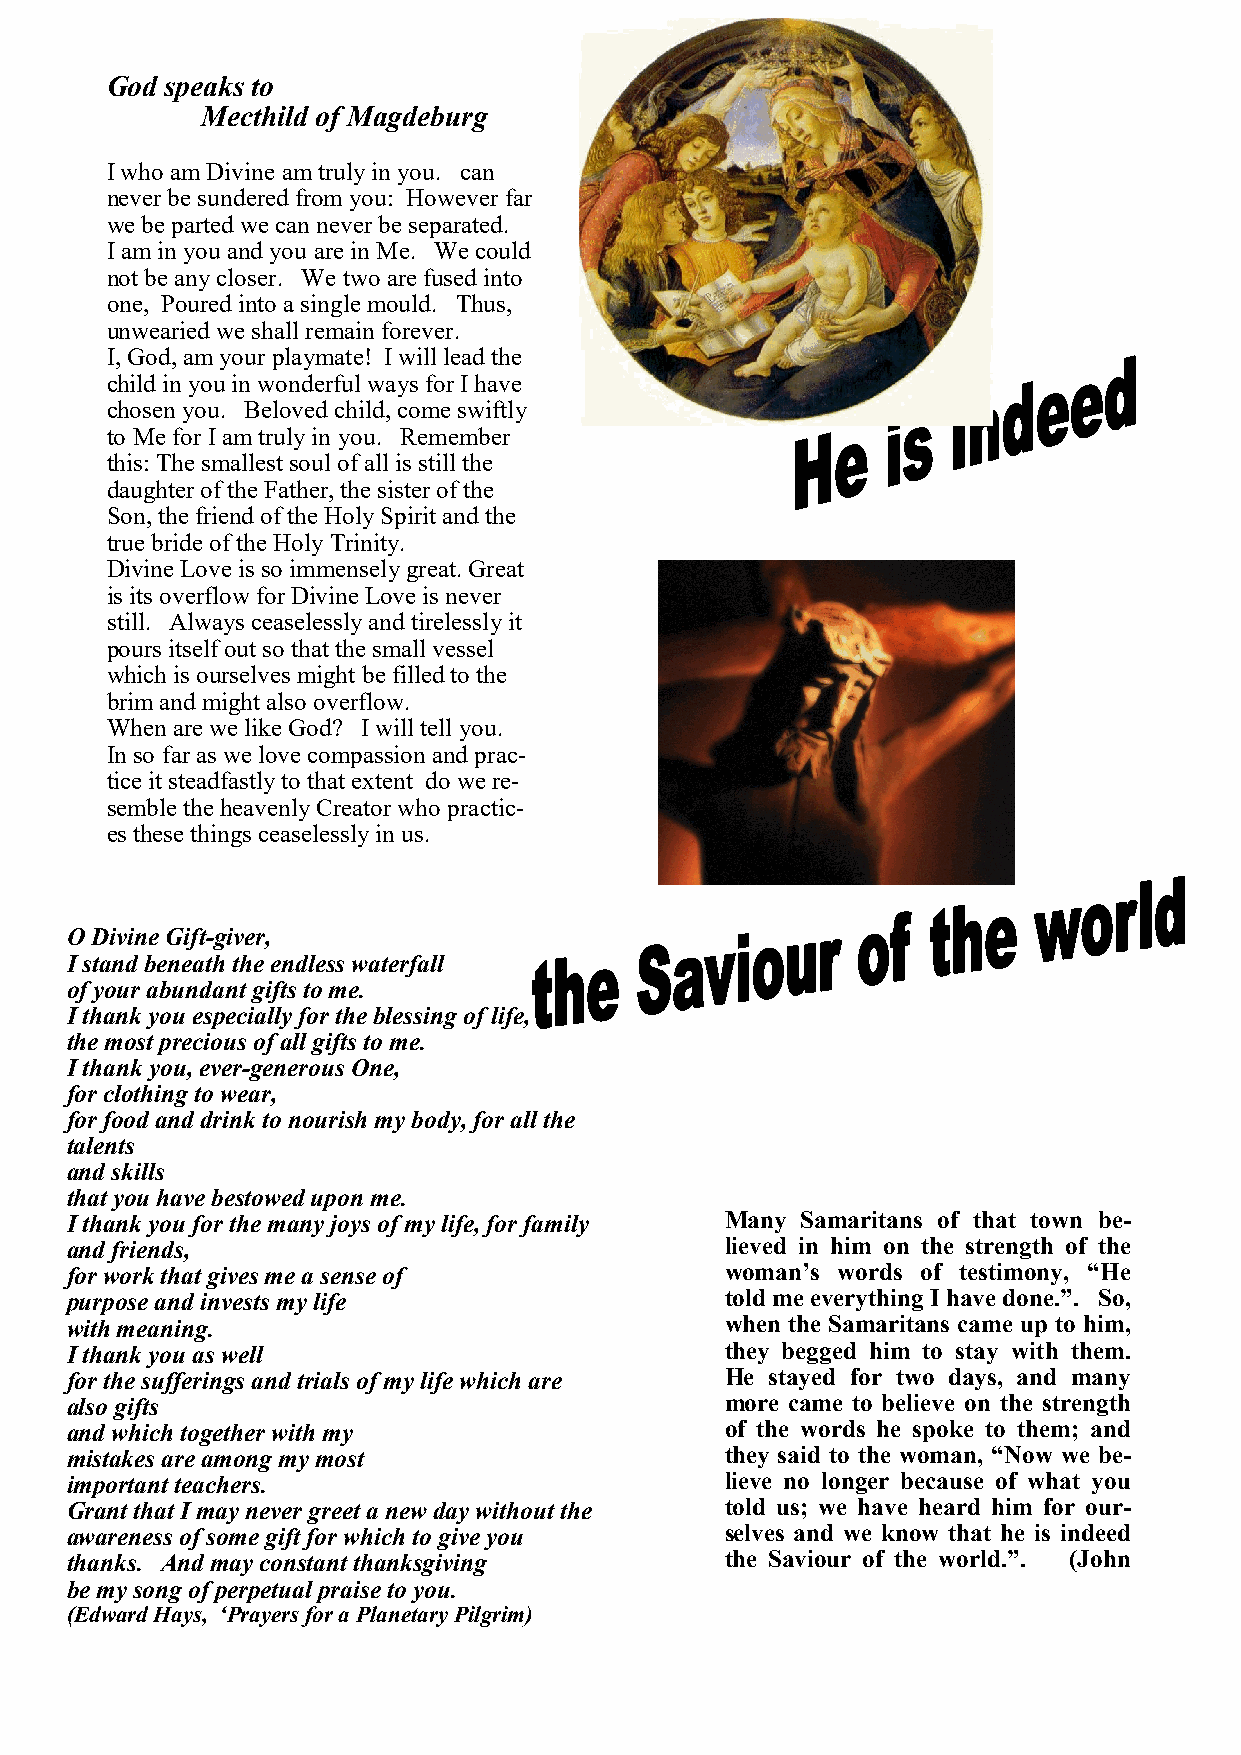
God speaks to
 Mecthild of Magdeburg
 I who am Divine am truly in you. can
 never be sundered from you: However far
 we be parted we can never be separated.
 I am in you and you are in Me. We could
 not be any closer. We two are fused into
 one, Poured into a single mould. Thus,
 unwearied we shall remain forever.
 I, God, am your playmate! I will lead the
 child in you in wonderful ways for I have
 chosen you. Beloved child, come swiftly
 to Me for I am truly in you. Remember
 this: The smallest soul of all is still the
 daughter of the Father, the sister of the
 Son, the friend of the Holy Spirit and the
 true bride of the Holy Trinity.
 Divine Love is so immensely great. Great
 is its overflow for Divine Love is never
 still. Always ceaselessly and tirelessly it
 pours itself out so that the small vessel
 which is ourselves might be filled to the
 brim and might also overflow.
 When are we like God? I will tell you.
 In so far as we love compassion and prac-
 tice it steadfastly to that extent do we re-
 semble the heavenly Creator who practic-
 es these things ceaselessly in us.
 O Divine Gift-giver,
 I stand beneath the endless waterfall
 of your abundant gifts to me.
 I thank you especially for the blessing of life,
 the most precious of all gifts to me.
 I thank you, ever-generous One,
 for clothing to wear,
 for food and drink to nourish my body, for all the
 talents
 and skills
 that you have bestowed upon me.
 I thank you for the many joys of my life, for family Many Samaritans of that town be-
 and friends,                                lieved in him on the strength of the
 for work that gives me a sense of           woman’s words of testimony, “He
 purpose and invests my life                 told me everything I have done.”. So,
 with meaning.                               when the Samaritans came up to him,
 I thank you as well                         they begged him to stay with them.
 for the sufferings and trials of my life which are He stayed for two days, and many
 also gifts                                  more came to believe on the strength
 and which together with my                  of the words he spoke to them; and
 mistakes are among my most                  they said to the woman, “Now we be-
 important teachers.                         lieve no longer because of what you
 Grant that I may never greet a new day without the told us; we have heard him for our-
 awareness of some gift for which to give you selves and we know that he is indeed
 thanks. And may constant thanksgiving       the Saviour of the world.”. (John
 be my song of perpetual praise to you.
 (Edward Hays, ‘Prayers for a Planetary Pilgrim)